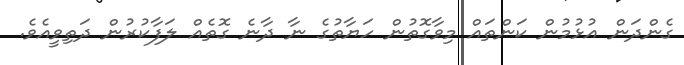
ގެންދަން އުޅުމުން ކަންތައް މިވާގޮތުން ހަޔާތުގެ ނާ ދާނެ ގޮތެއް ލަފާކުރުން ދަތިވީއެވެ.